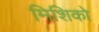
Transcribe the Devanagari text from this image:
मिशिको